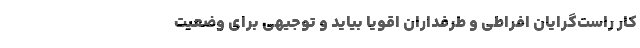
كار راست‌گرايان افراطي و طرفداران اقويا بيايد و توجيهي براي وضعيت